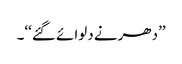
’’دھرنے دلوائے گئے‘‘۔